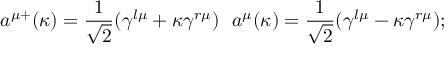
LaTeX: a ^ { \mu + } ( \kappa ) = \frac 1 { \sqrt { 2 } } ( \gamma ^ { l \mu } + \kappa \gamma ^ { r \mu } ) \, \, \, \, a ^ { \mu } ( \kappa ) = \frac 1 { \sqrt { 2 } } ( \gamma ^ { l \mu } - \kappa \gamma ^ { r \mu } ) ;